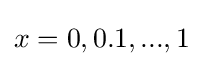
x=0,0.1,...,1